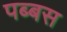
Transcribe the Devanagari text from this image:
पब्बस